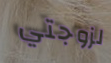
لزوجتي